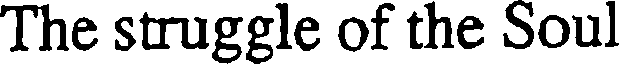
The struggle of the Soul